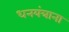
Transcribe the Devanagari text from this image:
धनयंत्राना